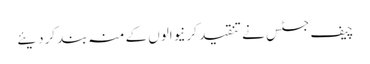
چیف جسٹس نے تنقید کرنیوالوں کے منہ بند کردیئے